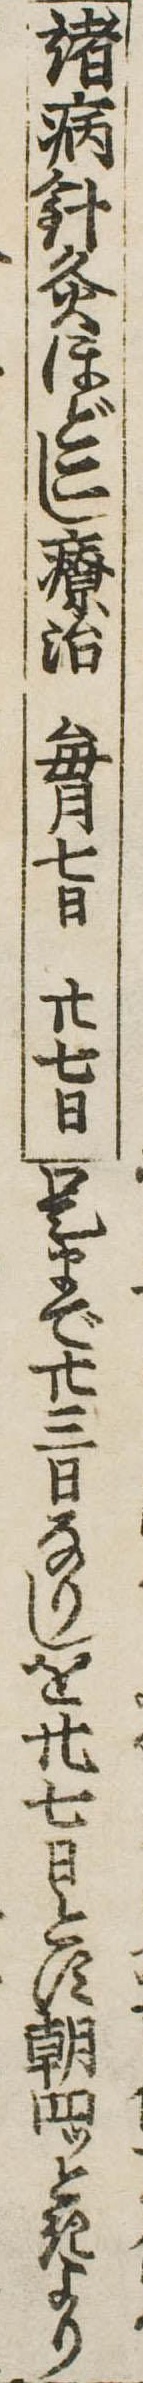
諸病針灸ほどこし療治毎月七日廾七日是まで廾三日なりしを廾七日とす朝四ッときより